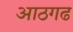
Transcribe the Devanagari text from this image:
आठगढ